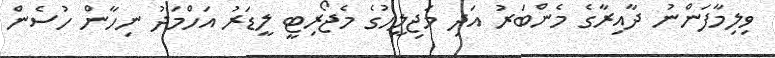
ވިލިމާފަންނު ދާއިރާގެ މެންބަރު އަދި މަޖިލީހުގެ މެޖޯރިޓީ ލީޑަރު އަހްމަދު ނިހާން ހުސެން